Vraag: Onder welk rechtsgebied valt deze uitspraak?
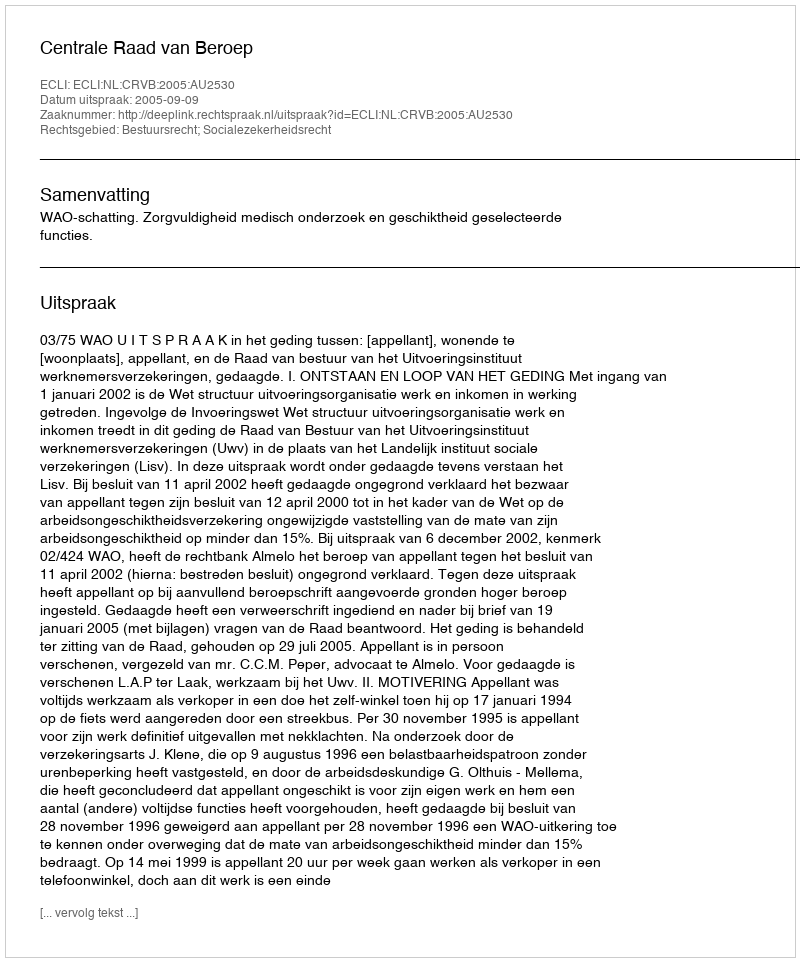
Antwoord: Bestuursrecht; Socialezekerheidsrecht